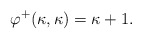
\begin{align*}\varphi^+(\kappa,\kappa)=\kappa+1.\end{align*}